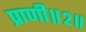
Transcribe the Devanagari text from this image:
प्राणी॥२॥